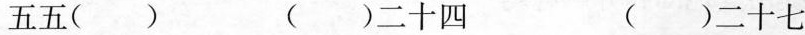
五五( ) ( )二十四 ( )二十七